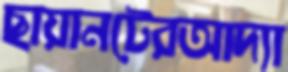
ছায়ানটেরআদ্যা